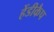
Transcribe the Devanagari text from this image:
हेंडीकैप